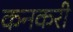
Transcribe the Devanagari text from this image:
कनकरी